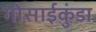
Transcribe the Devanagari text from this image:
गोसाईकुंडा